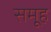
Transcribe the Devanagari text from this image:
समूूह